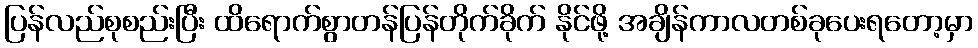
ပြန်လည်စုစည်းပြီး ထိရောက်စွာတန်ပြန်တိုက်ခိုက် နိုင်ဖို့ အချိန်ကာလတစ်ခုပေးရတော့မှာ